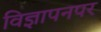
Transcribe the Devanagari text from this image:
विज्ञापनपर